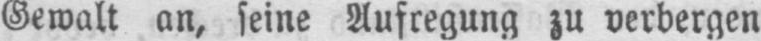
Gewalt an, seine Aufregung zu verbergen